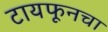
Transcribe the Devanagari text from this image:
टायफूनचा